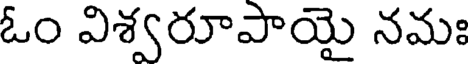
ఓం విశ్వరూపాయై నమః